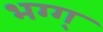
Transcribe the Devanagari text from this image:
भग्ग्